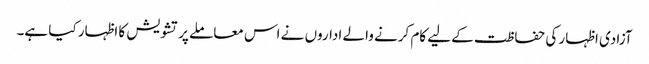
آزادی اظہار کی حفاظت کے لیے کام کرنے والے اداروں نے اس معاملے پر تشویش کا اظہار کیا ہے۔